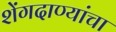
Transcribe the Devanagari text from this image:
शेंगदाण्यांचा